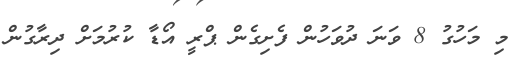
މި މަހުގު 8 ވަނަ ދުވަހުން ފެށިގެން ޕްރީ އޯޑާ ކުރުމަށް ދިރާގުން